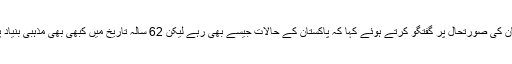
انہوں نے پاکستان کی صورتحال پر گفتگو کرتے ہوئے کہا کہ پاکستان کے حالات جیسے بھی رہے لیکن 62 سالہ تاریخ میں کبھی بھی مذہبی بنیاد پر فساد نہیں ہوا۔